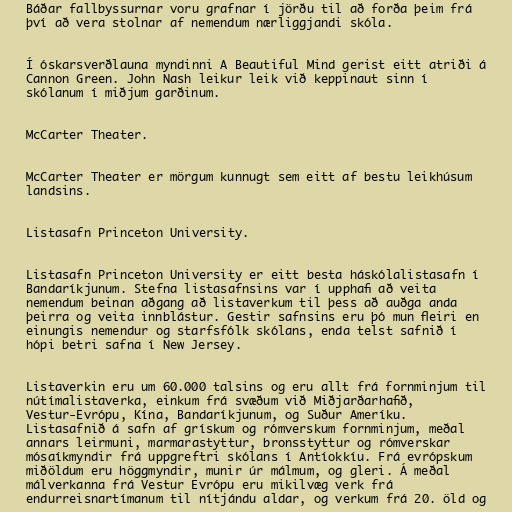
Báðar fallbyssurnar voru grafnar í jörðu til að forða þeim frá
því að vera stolnar af nemendum nærliggjandi skóla.

Í óskarsverðlauna myndinni A Beautiful Mind gerist eitt atriði á
Cannon Green. John Nash leikur leik við keppinaut sinn í
skólanum í miðjum garðinum.

McCarter Theater.

McCarter Theater er mörgum kunnugt sem eitt af bestu leikhúsum
landsins.

Listasafn Princeton University.

Listasafn Princeton University er eitt besta háskólalistasafn í
Bandaríkjunum. Stefna listasafnsins var í upphafi að veita
nemendum beinan aðgang að listaverkum til þess að auðga anda
þeirra og veita innblástur. Gestir safnsins eru þó mun fleiri en
einungis nemendur og starfsfólk skólans, enda telst safnið í
hópi betri safna í New Jersey.

Listaverkin eru um 60.000 talsins og eru allt frá fornminjum til
nútímalistaverka, einkum frá svæðum við Miðjarðarhafið,
Vestur-Evrópu, Kína, Bandaríkjunum, og Suður Ameríku.
Listasafnið á safn af grískum og rómverskum fornminjum, meðal
annars leirmuni, marmarastyttur, bronsstyttur og rómverskar
mósaíkmyndir frá uppgreftri skólans í Antíokkíu. Frá evrópskum
miðöldum eru höggmyndir, munir úr málmum, og gleri. Á meðal
málverkanna frá Vestur Evrópu eru mikilvæg verk frá
endurreisnartímanum til nítjándu aldar, og verkum frá 20. öld og